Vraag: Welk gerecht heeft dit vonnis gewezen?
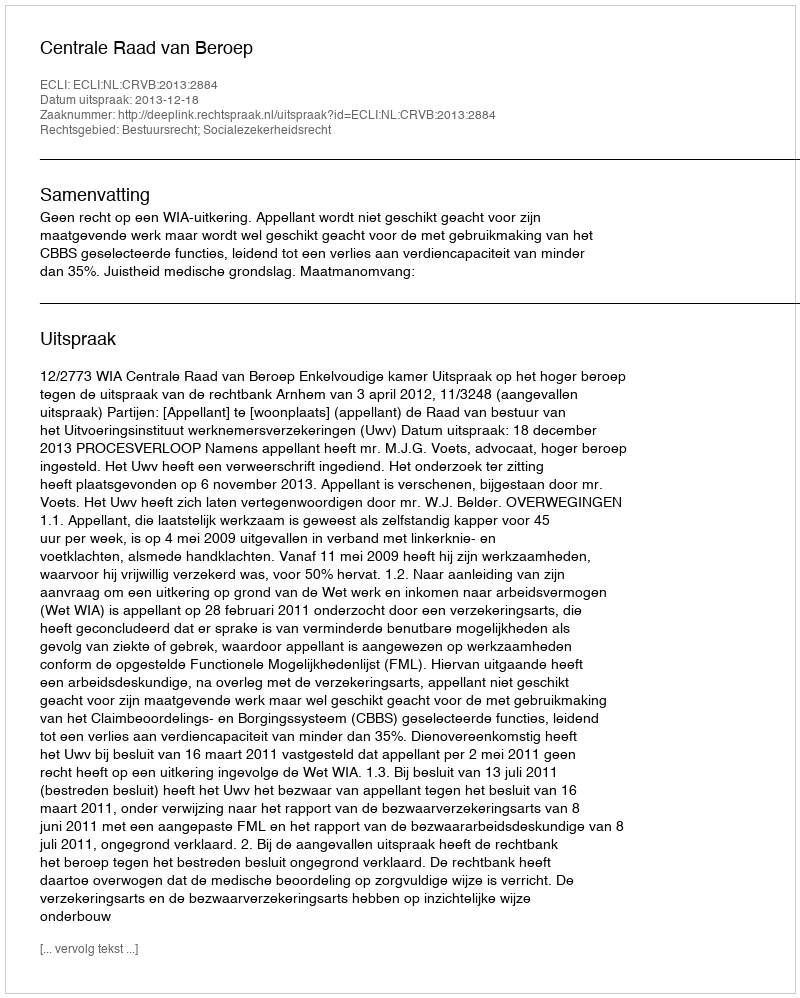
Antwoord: Centrale Raad van Beroep